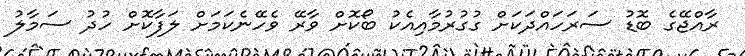
ރާއްޖޭގެ ބޮޑު ސަރަހައްދަކަށް ގުގުރުމާއިއެކު ބޯކޮށް ވާރޭ ވެހޭނެކަމަށް ލަފާކޮށް ހުދު ސަމާލު